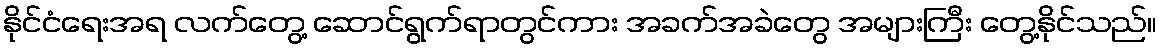
နိုင်ငံရေးအရ လက်တွေ့ ဆောင်ရွက်ရာတွင်ကား အခက်အခဲတွေ အများကြီး တွေ့နိုင်သည်။